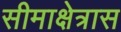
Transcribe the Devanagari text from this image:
सीमाक्षेत्रास